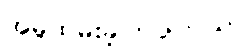
အမှုထမ်းခဲ့ကြပါတယ်။